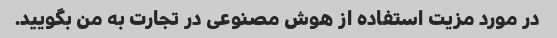
در مورد مزیت استفاده از هوش مصنوعی در تجارت به من بگویید.